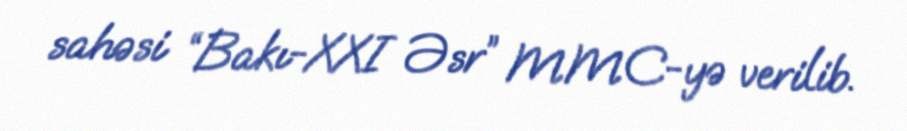
sahəsi “Bakı-XXI Əsr” MMC-yə verilib.